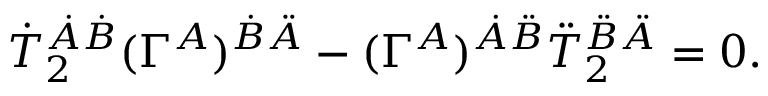
\dot { T } _ { 2 } ^ { \dot { A } \dot { B } } ( \Gamma ^ { A } ) ^ { \dot { B } \ddot { A } } - ( \Gamma ^ { A } ) ^ { \dot { A } \ddot { B } } \ddot { T } _ { 2 } ^ { \ddot { B } \ddot { A } } = 0 .